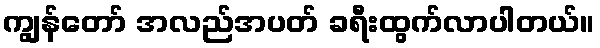
ကျွန်တော် အလည်အပတ် ခရီးထွက်လာပါတယ်။